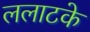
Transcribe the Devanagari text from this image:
ललाटके